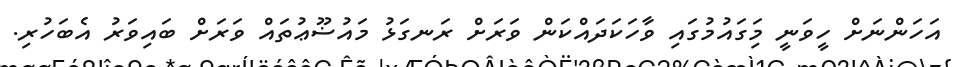
އަހަންނަށް ހީވަނީ މިަގައުމުގައި ވާހަކަދައްކަން ވަރަށް ރަނގަޅު މައުޟޫޢުތައް ވަރަށް ބައިވަރު އެބަހުރި.